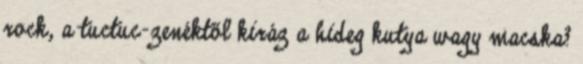
rock, a tuctuc-zenéktől kiráz a hideg kutya wagy macska?